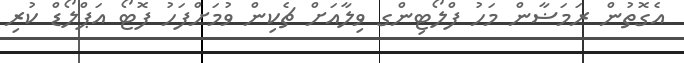
އެގޮތުން ރަމަޟާން މަހު ފްލޯޓިންގ ވިލާއަށް ޗެކިން ވުމަށްފަހު ފޮޓޯ އަޕްލޯޑް ކުރި